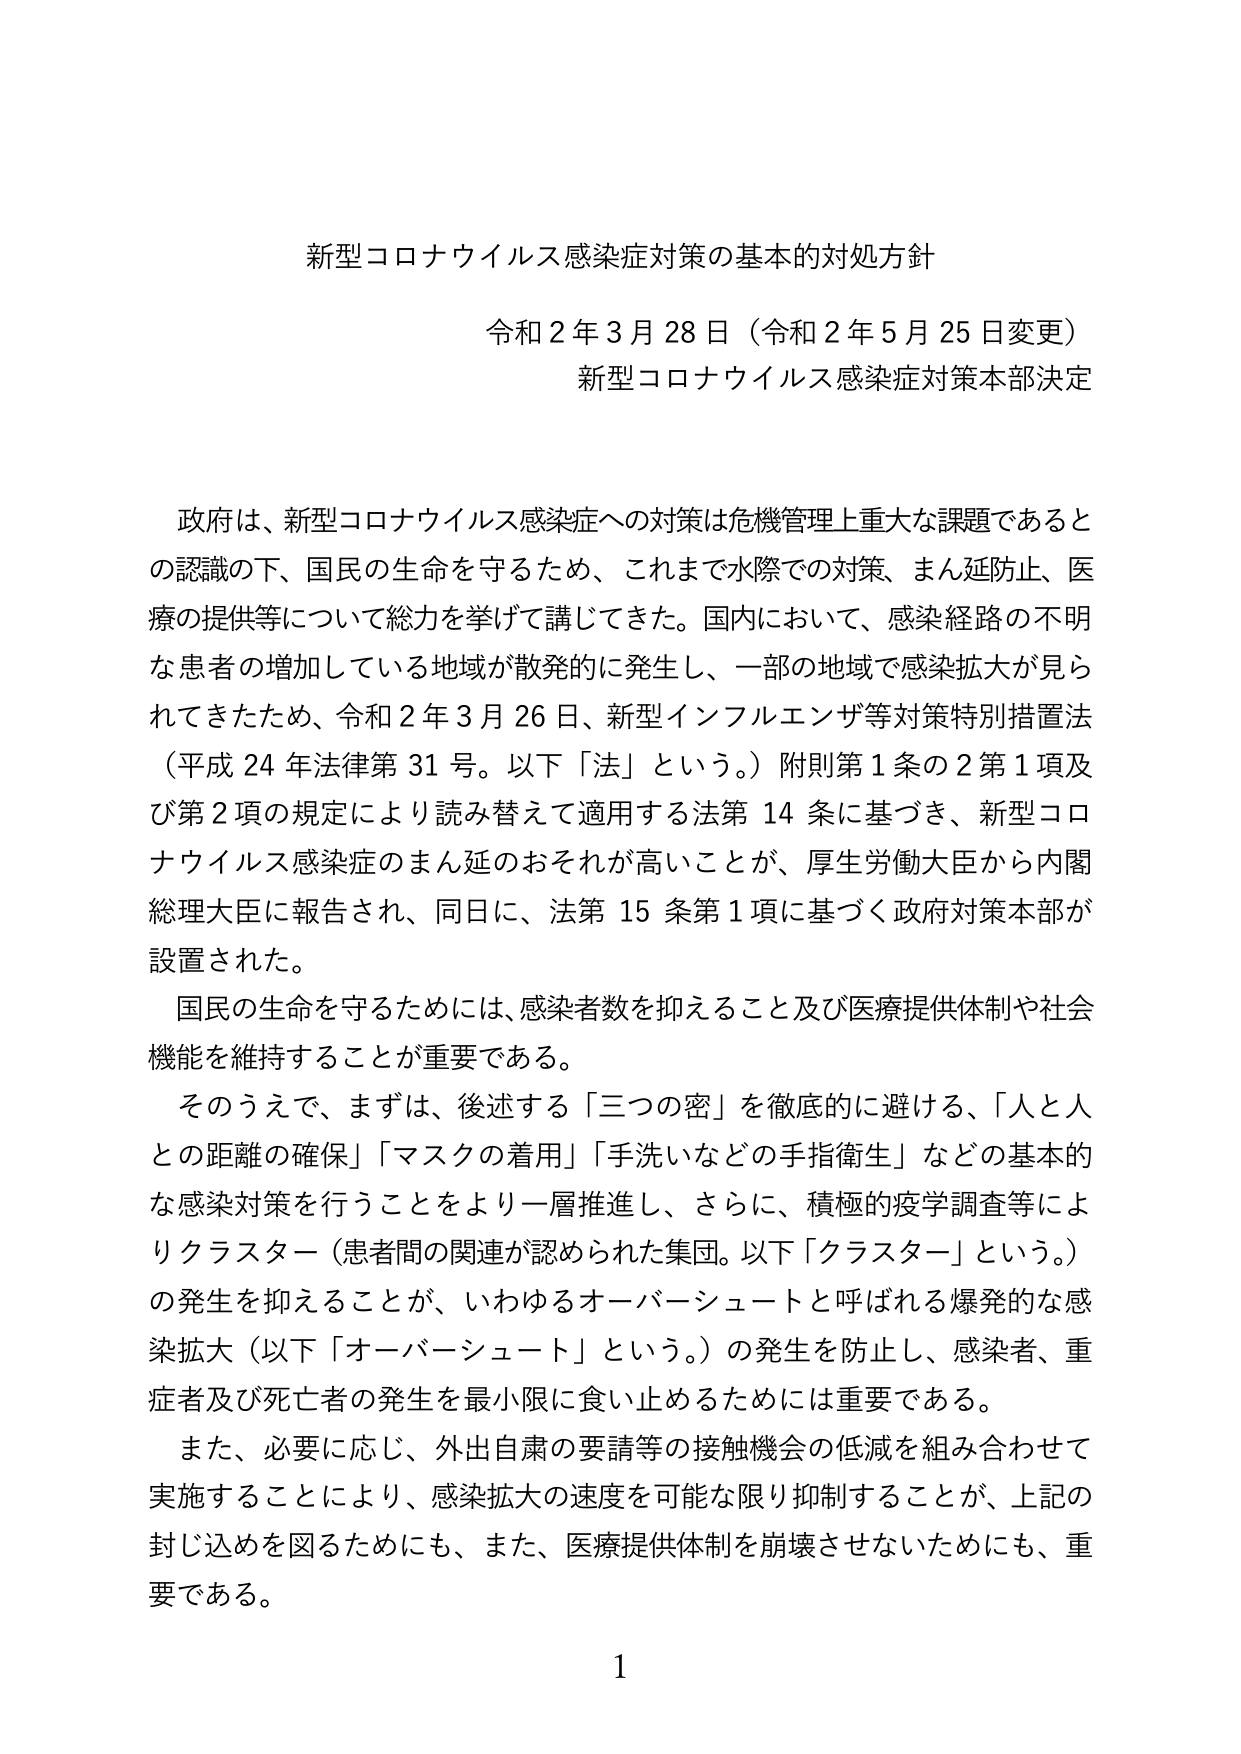
新型コロナウイルス感染症対策の基本的対処方針

令和２年３月28日（令和２年５月25日変更）
新型コロナウイルス感染症対策本部決定

政府は、新型コロナウイルス感染症への対策は危機管理上重大な課題であるとの認識の下、国民の生命を守るため、これまで水際での対策、まん延防止、医療の提供等について総力を挙げて講じてきた。国内において、感染経路の不明な患者の増加している地域が散発的に発生し、一部の地域で感染拡大が見られてきたため、令和２年３月26日、新型インフルエンザ等対策特別措置法（平成24年法律第31号。以下「法」という。）附則第1条の2第1項及び第2項の規定により読み替えて適用する法第14条に基づき、新型コロナウイルス感染症のまん延のおそれが高いことが、厚生労働大臣から内閣総理大臣に報告され、同日に、法第15条第1項に基づく政府対策本部が設置された。

国民の生命を守るためには、感染者数を抑えること及び医療提供体制や社会機能を維持することが重要である。

そのうえで、まずは、後述する「三つの密」を徹底的に避ける、「人と人との距離の確保」「マスクの着用」「手洗いなどの手指衛生」などの基本的な感染対策を行うことをより一層推進し、さらに、積極的疫学調査等によりクラスター（患者間の関連が認められた集団。以下「クラスター」という。）の発生を抑えることが、いわゆるオーバーシュートと呼ばれる爆発的な感染拡大（以下「オーバーシュート」という。）の発生を防止し、感染者、重症者及び死亡者の発生を最小限に食い止めるためには重要である。

また、必要に応じ、外出自粛の要請等の接触機会の低減を組み合わせて実施することにより、感染拡大の速度を可能な限り抑制することが、上記の封じ込めを図るためにも、また、医療提供体制を崩壊させないためにも、重要である。

1